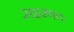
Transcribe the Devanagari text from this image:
स्धारणतः